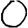
Digit: 0